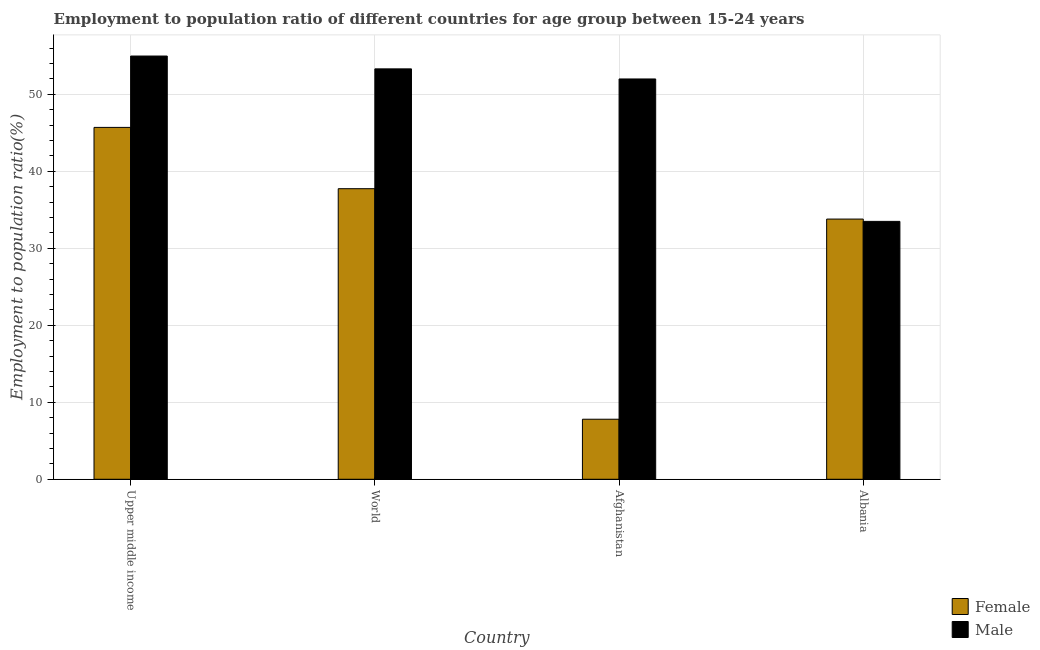
| Country | Female | Male |
 | --- | --- | --- |
 | Upper middle income | 45.7 | 55 |
 | World | 37.7 | 53.3 |
 | Afghanistan | 7.8 | 52 |
 | Albania | 33.8 | 33.5 |